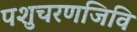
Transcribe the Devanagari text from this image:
पशुचरणजिवि